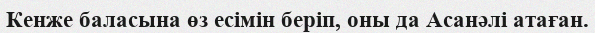
Кенже баласына өз есімін беріп, оны да Асанәлі атаған.